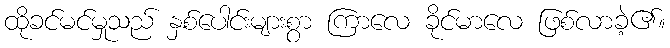
ထိုခင်မင်မှုသည် နှစ်ပေါင်းများစွာ ကြာလေ ခိုင်မာလေ ဖြစ်လာခဲ့၏။